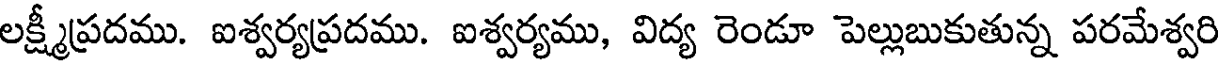
లక్ష్మీప్రదము. ఐశ్వర్యప్రదము. ఐశ్వర్యము, విద్య రెండూ పెల్లుబుకుతున్న పరమేశ్వరి